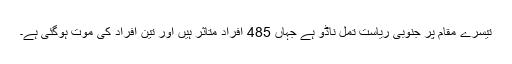
تیسرے مقام پر جنوبی ریاست تمل ناڈو ہے جہاں 485 افراد متاثر ہیں اور تین افراد کی موت ہوگئی ہے۔